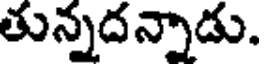
తున్నదన్నాడు.